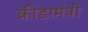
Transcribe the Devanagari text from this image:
क्रीडामंत्री